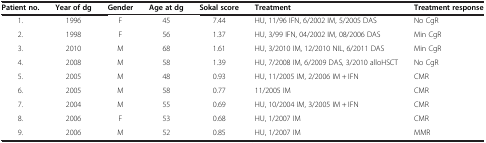
| Patient no. | Year of dg | Gender | Age at dg | Sokal score | Treatment | Treatment response |
 | --- | --- | --- | --- | --- | --- | --- |
 | 1. | 1996 | F | 45 | 7.44 | HU, 11/96 IFN, 6/2002 IM, 5/2005 DAS | No CgR |
 | 2. | 1998 | F | 56 | 1.37 | HU, 3/99 IFN, 04/2002 IM, 08/2006 DAS | Min CgR |
 | 3. | 2010 | M | 68 | 1.61 | HU, 3/2010 IM, 12/2010 NIL, 6/2011 DAS | Min CgR |
 | 4. | 2008 | M | 58 | 1.39 | HU, 7/2008 IM, 6/2009 DAS, 3/2010 alloHSCT | No CgR |
 | 5. | 2005 | M | 48 | 0.93 | HU, 11/2005 IM, 2/2006 IM + IFN | CMR |
 | 6. | 2005 | M | 58 | 0.77 | 11/2005 IM | CMR |
 | 7. | 2004 | M | 55 | 0.69 | HU, 10/2004 IM, 3/2005 IM + IFN | CMR |
 | 8. | 2006 | F | 53 | 0.68 | HU, 1/2007 IM | CMR |
 | 9. | 2006 | M | 52 | 0.85 | HU, 1/2007 IM | MMR |